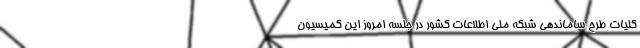
کلیات طرح ساماندهی شبکه ملی اطلاعات کشور در جلسه امروز این کمیسیون